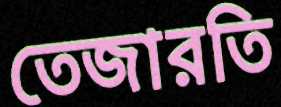
তেজারতি